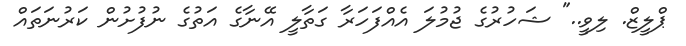
ޕްލީޒް. ލިވީ.." ޝަހުރުގެ ޖުމުލަ އެއްފަހަރާ ގަތާލީ އޭނާގެ އަތުގެ ނުފުށުން ކަރުނަތައް